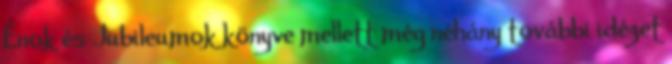
Énok és Jubileumok könyve mellett még néhány további idézet